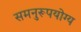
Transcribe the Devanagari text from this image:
समनुरूपयोग्य